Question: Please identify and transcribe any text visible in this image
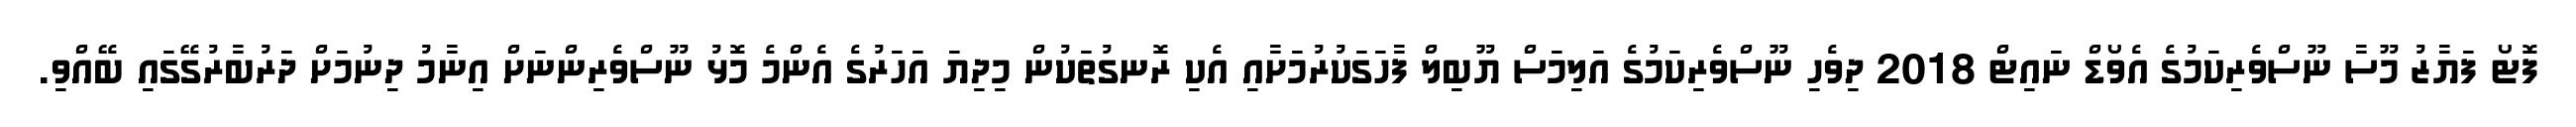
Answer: ފޮޓޯ ފަޔާޒު މޫސާ ނޫސްވެރިކަމުގެ އެވޯޑް ނައިޓް 2018 ދިވެހި ނޫސްވެރިކަމުގެ އަލިމަސް ޔޫބިލް ފާހަގަކުރުމަށާއި އެކި ރޮނގުތަކުން މިދިޔަ އަހަރުގެ އެންމެ މޮޅު ނޫސްވެރިންނަށް އިނާމު ދިނުމަށް ދަރުބާރުގޭގައި ބޭއްވި.